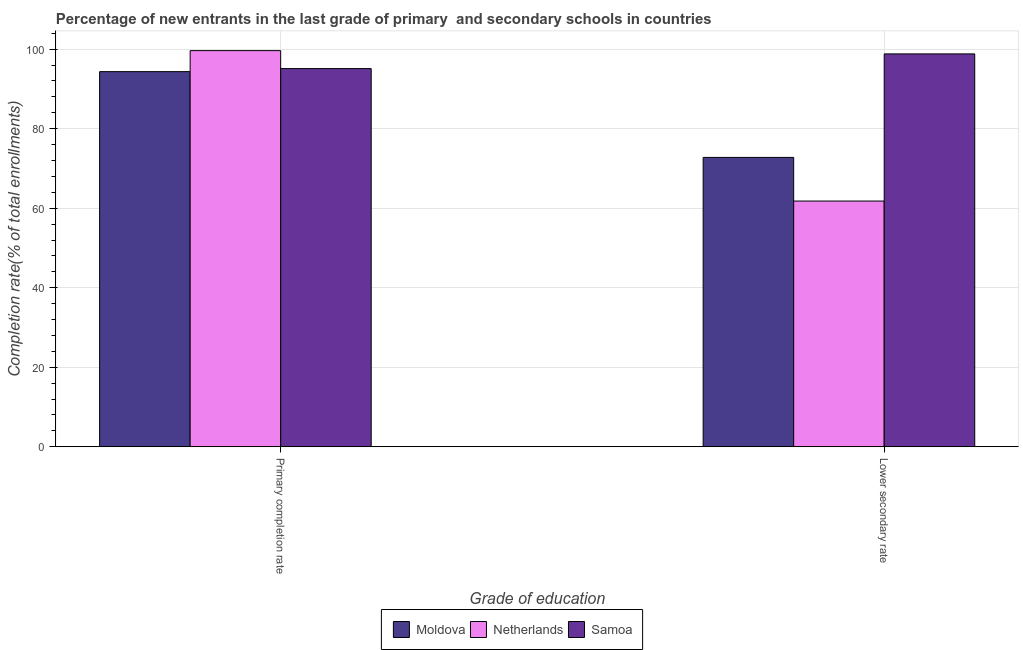
| Grade of education | Moldova | Netherlands | Samoa |
 | --- | --- | --- | --- |
 | Primary completion rate | 94.4 | 99.6 | 95.1 |
 | Lower secondary rate | 72.8 | 61.8 | 98.8 |